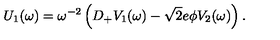
U _ { 1 } ( \omega ) = \omega ^ { - 2 } \left( D _ { + } V _ { 1 } ( \omega ) - \sqrt { 2 } e \phi V _ { 2 } ( \omega ) \right) .